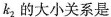
k_{2} 的大小关系是